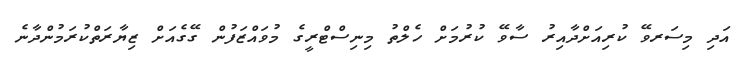
އަދި މިސަރވޭ ކުރިއަށްދާއިރު ސާވޭ ކުރުމަށް ހެލްތު މިނިސްޓްރީގެ މުވައްޒަފުން ގޭގެއަށް ޒިޔާރަތްކުރަމުންދާނެ